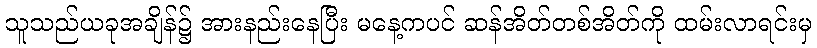
သူသည်ယခုအချိန်၌ အားနည်းနေပြီး မနေ့ကပင် ဆန်အိတ်တစ်အိတ်ကို ထမ်းလာရင်းမှ